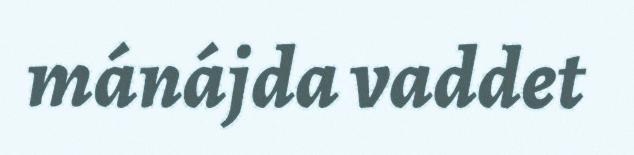
mánájda vaddet